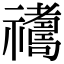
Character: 𥜣